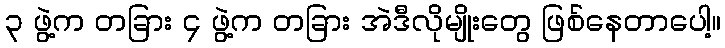
၃ ဖွဲ့က တခြား ၄ ဖွဲ့က တခြား အဲဒီလိုမျိုးတွေ ဖြစ်နေတာပေါ့။